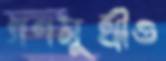
গণমুখীও